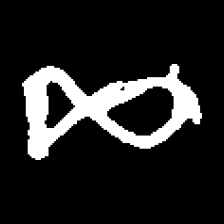
Pyu character \u2014 Myanmar letter: ဆ (romanized: cha)